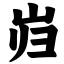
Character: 岿